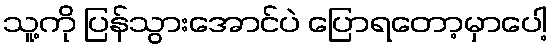
သူ့ကို ပြန်သွားအောင်ပဲ ပြောရတော့မှာပေါ့